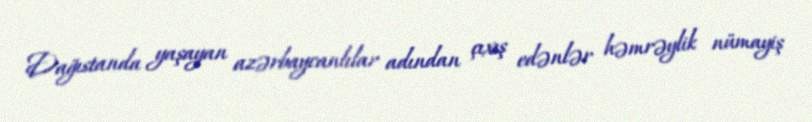
Dağıstanda yaşayan azərbaycanlılar adından çıxış edənlər həmrəylik nümayiş